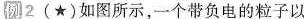
例2(★)如图所示，一个带负电的粒子以